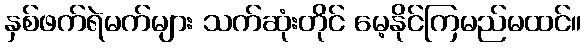
နှစ်ဖက်ရဲမက်များ သက်ဆုံးတိုင် မေ့နိုင်ကြမည်မထင်။